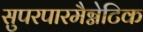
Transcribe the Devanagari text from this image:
सुपरपारमैग्नेटिक